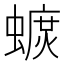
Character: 𧐚